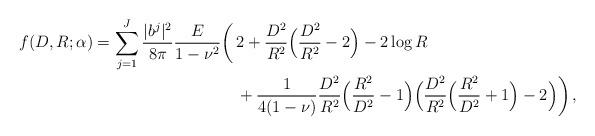
LaTeX: \begin{align*}\begin{aligned}f(D,R;\alpha)=\sum_{j=1}^J\frac{|b^j|^2}{8\pi}\frac{E}{1-\nu^2}\bigg(&\,2+\frac{D^2}{R^2}\Big(\frac{D^2}{R^2}-2\Big)-2\log R\\&\,+\frac{1}{4(1-\nu)}\frac{D^2}{R^2}\Big(\frac{R^2}{D^2}-1\Big)\Big(\frac{D^2}{R^2}\Big(\frac{R^2}{D^2}+1\Big)-2\Big)\bigg)\,,\end{aligned}\end{align*}